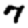
Digit: 7